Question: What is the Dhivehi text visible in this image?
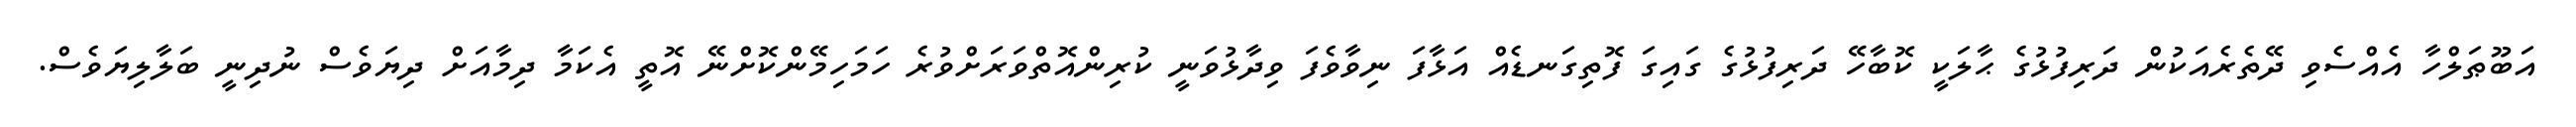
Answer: އަބޫޠަލްހާ އެއްސެވި ދޭތެރެއަކުން ދަރިފުޅުގެ ޙާލަކީ ކޮބާހޭ ދަރިފުޅުގެ ގައިގަ ފޮތިގަނޑެއް އަޅާފަ ނިވާވެފަ ވިދާޅުވަނީ ކުރިންއޮތްވަރަށްވުރެ ހަމަހިމޭންކޮށްނޭ އޮތީ އެކަމާ ދިމާއަށް ދިޔަވެސް ނުދިނީ ބަލާލިޔަވެސް.